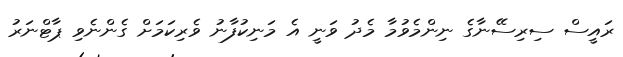
ރައީސް ސިރިސޭނާގެ ނިންމެވުމާ މެދު ވަނީ އެ މަނިކުފާނު ވެރިކަމަށް ގެންނެވި ޕާޓްނަރު